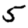
Digit: 5